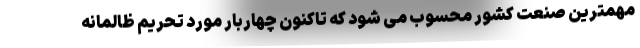
مهمترین صنعت کشور محسوب می شود که تاکنون چهاربار مورد تحریم ظالمانه